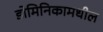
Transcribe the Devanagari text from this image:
डोमिनिकामधील